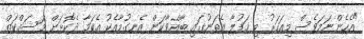
"އެހެންނަމަވެސް މިއަހަރު މި ހަފުލާ އެތަނުގައި ބާއްވާކަން އެނގުމާއެކު އެކަމާ ދެކޮޅަށް މަސައްކަތް